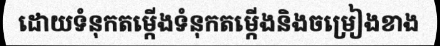
ដោយទំនុកតម្កើងទំនុកតម្កើងនិងចម្រៀងខាង